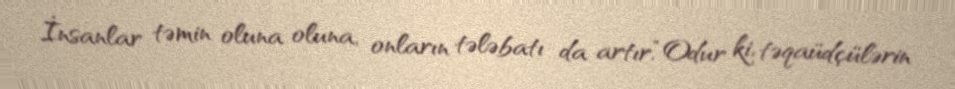
İnsanlar təmin oluna oluna, onların tələbatı da artır.“Odur ki, təqaüdçülərin